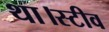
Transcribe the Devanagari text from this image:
था।स्टीव